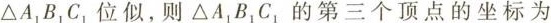
Δ A_{1}B_{1}C_{1}位似，则 Δ A_{1}B_{1}C_{1}的第三个顶点的坐标为